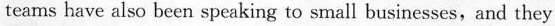
teams have also been speaking to small busincsscs,and they